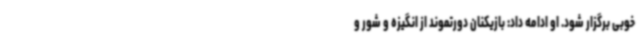
خوبی برگزار شود. او ادامه داد: بازیکنان دورتموند از انگیزه و شور و